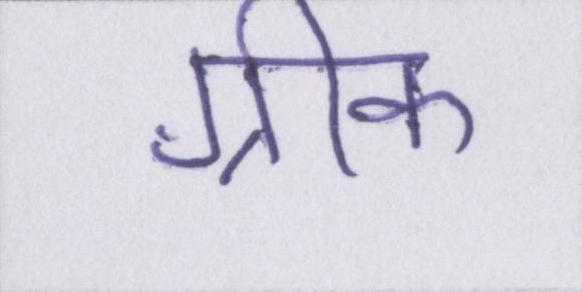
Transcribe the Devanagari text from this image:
ग्रीक